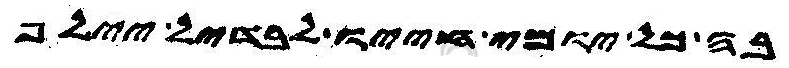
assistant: בה כל יומי חייו לבדיל יילף